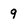
Character: 9